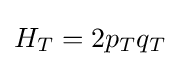
H_{T}=2p_{T}q_{T}